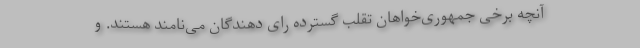
آنچه برخی جمهوری‌خواهان تقلب گسترده رای دهندگان می‌نامند هستند. و